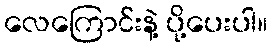
လေကြောင်းနဲ့ ပို့ပေးပါ။